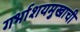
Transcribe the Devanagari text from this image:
गर्भाशयमुखाची